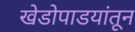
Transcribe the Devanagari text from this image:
खेडोपाडयांतून